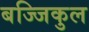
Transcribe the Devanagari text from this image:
बज्जिकुल